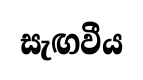
සැඟවීය